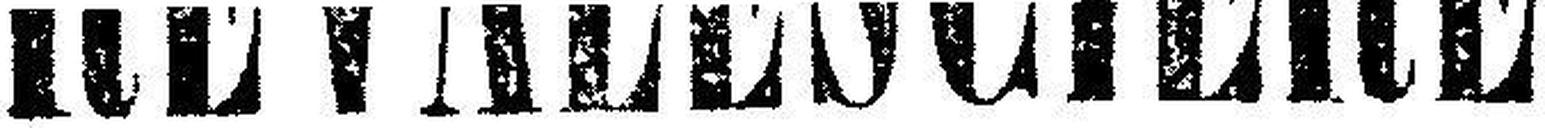
REVALESCIÈRE